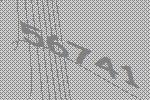
56741